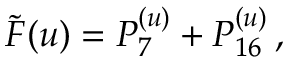
\tilde { F } ( u ) = P _ { 7 } ^ { ( u ) } + P _ { 1 6 } ^ { ( u ) } \, ,